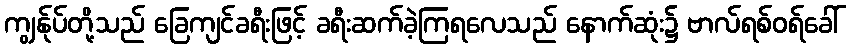
ကျွန်ုပ်တို့သည် ခြေကျင်ခရီးဖြင့် ခရီးဆက်ခဲ့ကြရလေသည် နောက်ဆုံး၌ ဗာလ်ရစ်ဝရ်ခေါ်